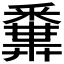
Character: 𨤝